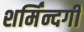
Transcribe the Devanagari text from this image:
शर्मिंन्दगी